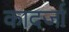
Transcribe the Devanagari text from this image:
कादर्जा